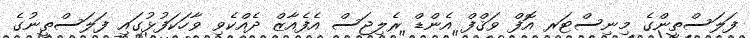
ފަލަސްތީންގެ މިނިސްޓަރ އޮފް ވަޤްފް އެންޑް ރެލިޖަސް އެފެއާޒް ދެއްކެވި ވާހަކަފުޅުގައި ފަލަސްތީނުގެ